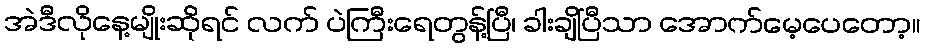
အဲဒီလိုနေ့မျိုးဆိုရင် လက် ပဲကြီးရေတွန့်ပြီ၊ ခါးချိပြီသာ အောက်မေ့ပေတော့။